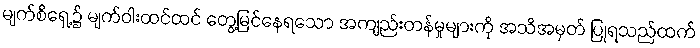
မျက်စိရှေ့၌ မျက်ဝါးထင်ထင် တွေ့မြင်နေရသော အကျည်းတန်မှုများကို အသိအမှတ် ပြုရသည်ထက်